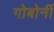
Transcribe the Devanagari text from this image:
गोबोर्नी